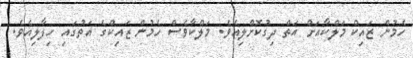
ހެމުން ޒައިކް މަލްކާއަށް އަތް ދިގުކޮށްލިއެވެ. މަލްކާވެސް ހެމުން ޒައިކްގެ އަތުގައި ހިފާލިއެވެ.